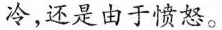
冷，还是由于愤怒。